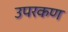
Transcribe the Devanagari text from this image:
उपरकण